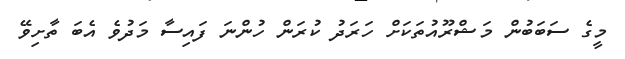
މީގެ ސަބަބުން މަޝްރޫއުތަކަށް ހަރަދު ކުރަން ހުންނަ ފައިސާ މަދުވެ އެބަ ތާށިވޭ